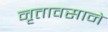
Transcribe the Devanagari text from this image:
नृत्तावसाने